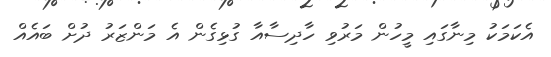
އެކަމަކު މިނާގައި މީހުން މަރުވި ހާދިސާއާ ގުޅިގެން އެ މަންޒަރު ދުށް ބައެއް